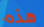
هذه